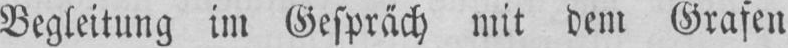
Begleitung im Gespräch mit dem Grafen